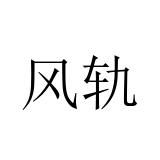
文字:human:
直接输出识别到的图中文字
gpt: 风轨